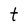
Character: t